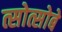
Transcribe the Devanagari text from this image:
त्सोत्सोबे